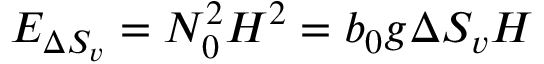
E _ { { \Delta S _ { v } } } = N _ { 0 } ^ { 2 } H ^ { 2 } = b _ { 0 } g \Delta S _ { v } H